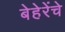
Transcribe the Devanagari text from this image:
बेहेरेंचे